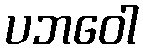
ပဘဝေါ